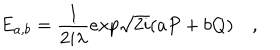
LaTeX: E _ { a , b } = { \frac { 1 } { 2 i \lambda } } e x p \sqrt { 2 i } ( a P + b Q ) \quad ,